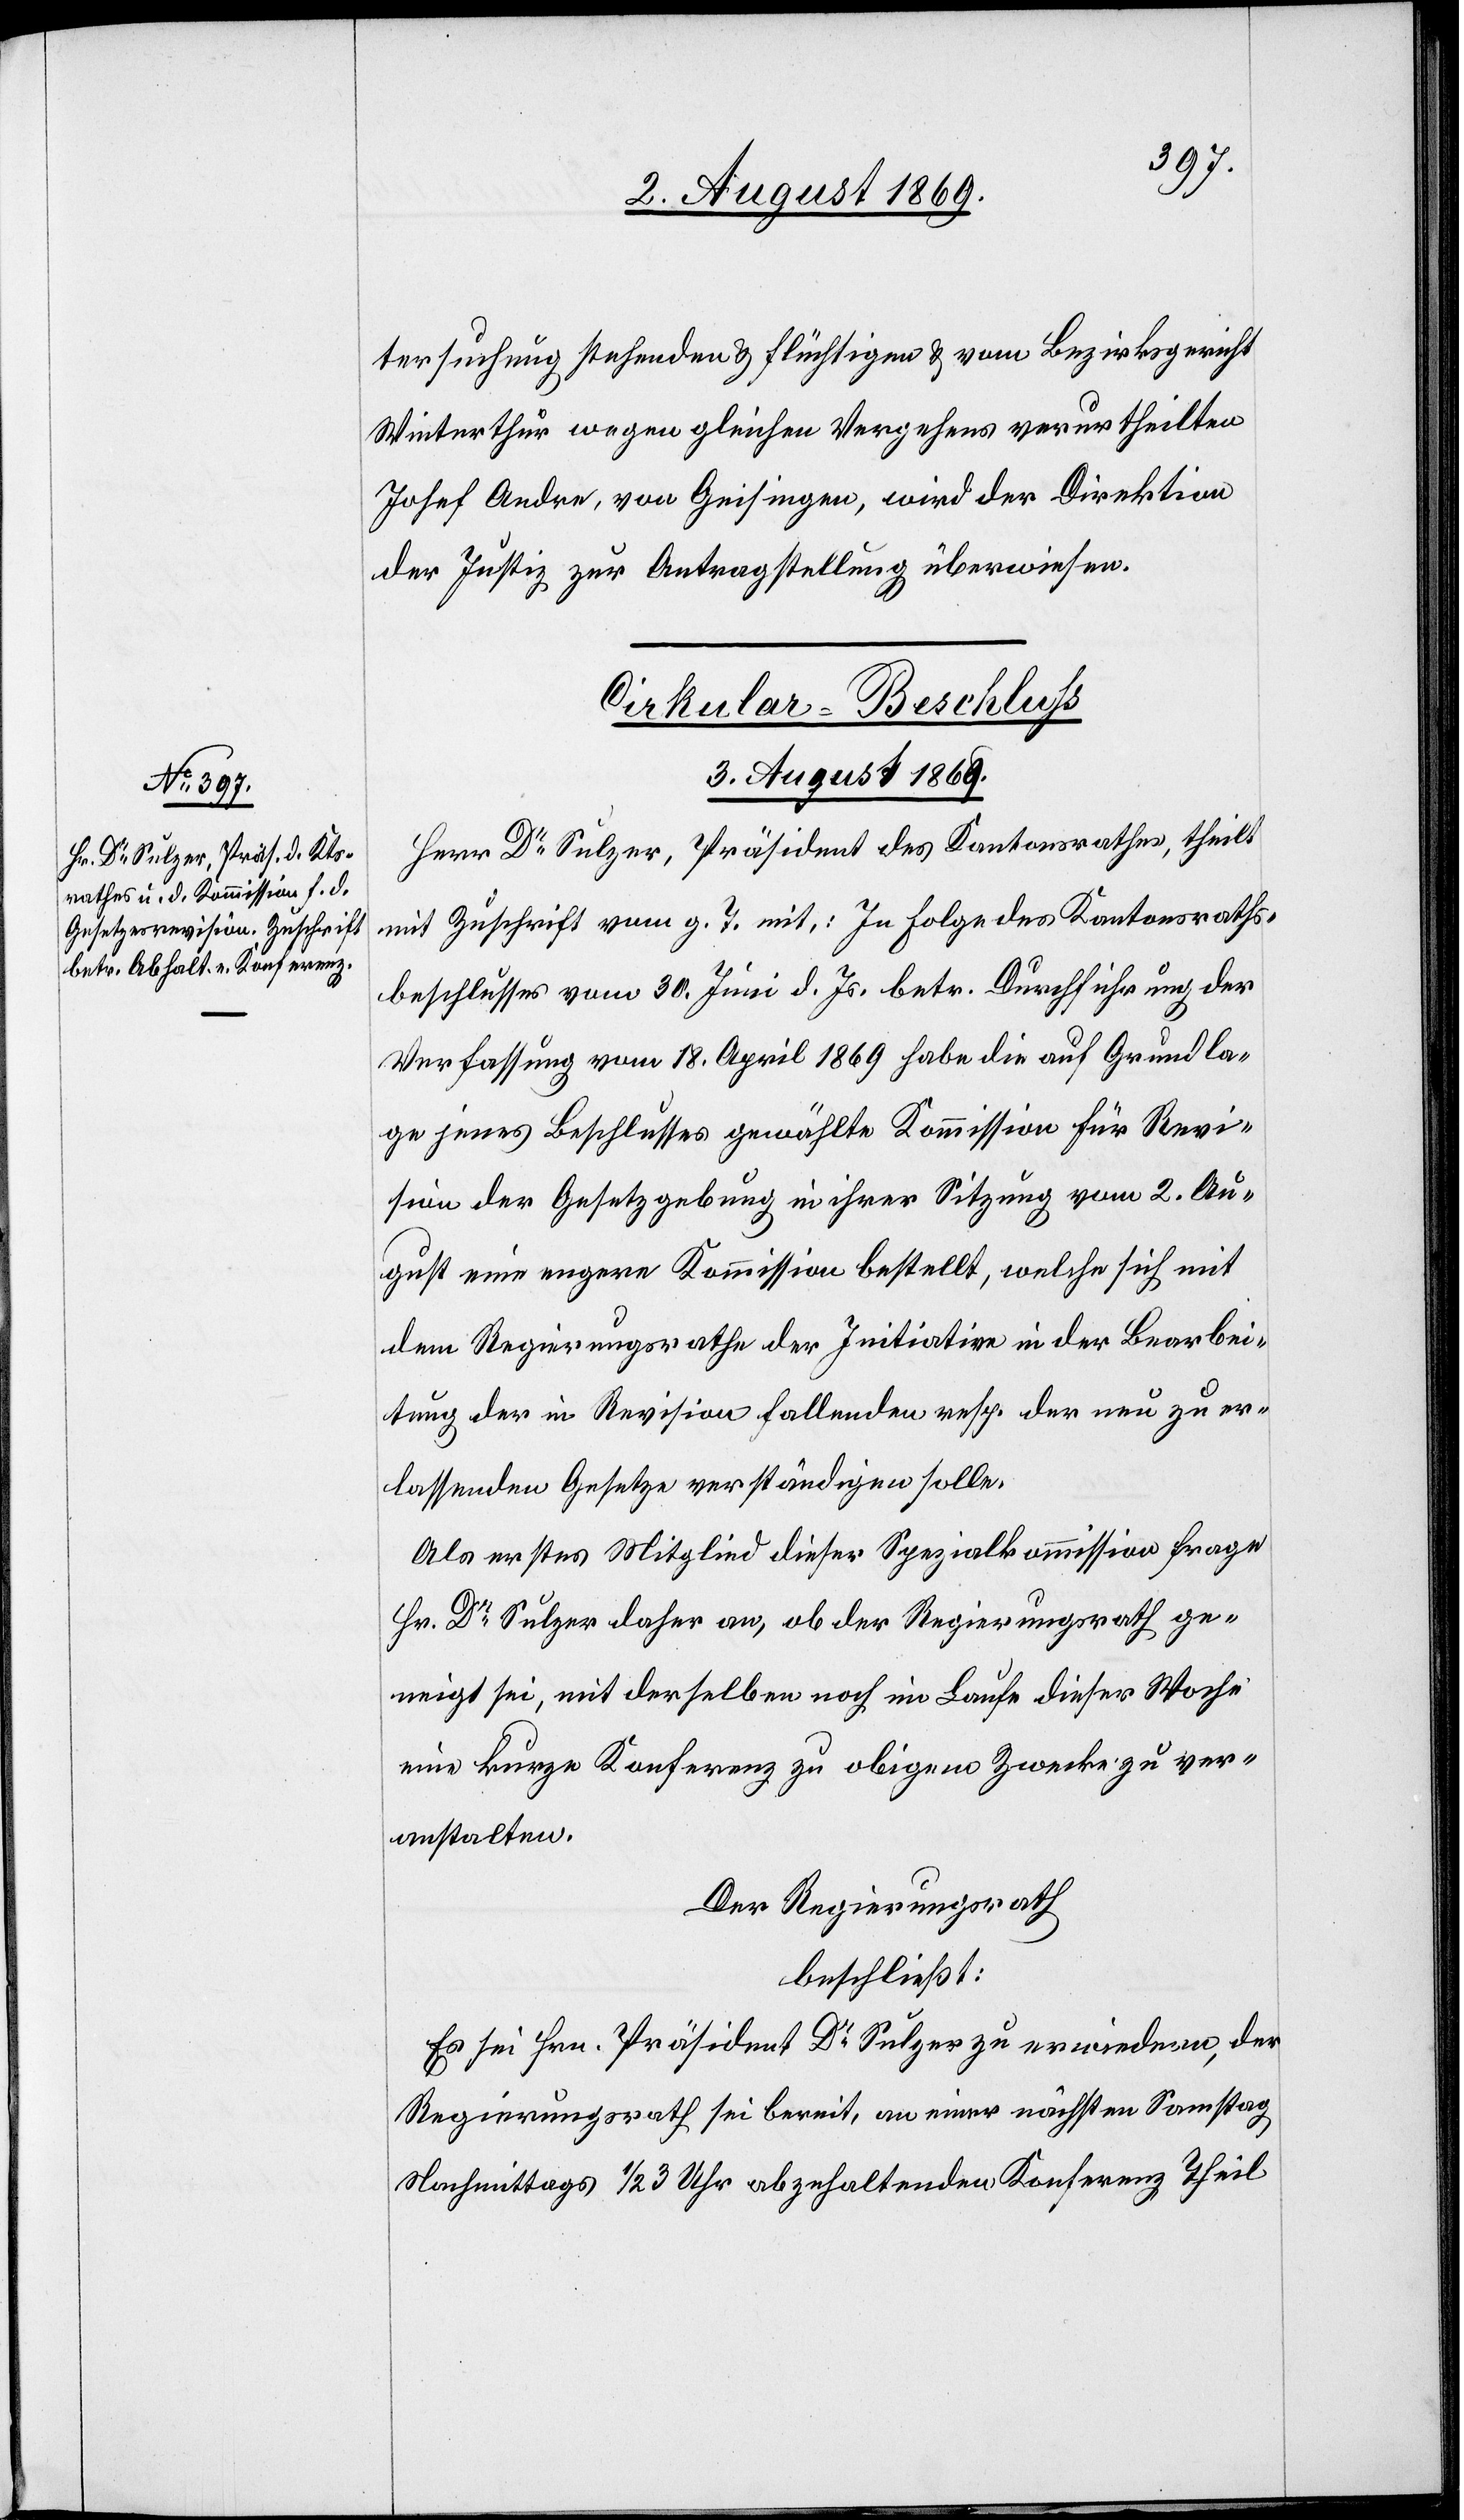
tersuchung stehenden & Flüchtigen & vom Bezirksgericht
Winterthur wegen gleichen Vergehens verurtheilten
Josef Andre, von Geisingen, wird der Direktion
der Justiz zur Antragstellung überwiesen.
Cirkular-Beschluss.
3. August 1869.
Herr Dr Sulzer, Präsident des Kantonsrathes, theilt
mit Zuschrift vom g. T. mit: In Folge des Kantonsraths¬
beschlusses vom 30. Juni d. Js. betr. Durchführung der
Verfassung vom 18 April 1869 habe die auf Grundla¬
ge jenes Beschlusses gewählte Kommission für Revi¬
sion der Gesetzgebung in ihrer Sitzung vom 2. Au¬
gust eine engere Kommission bestellt, welche sich mit
dem Regierungsrathe der Initiative in der Bearbei¬
tung der in Revision fallenden resp. der neu zu er¬
fassenden Gesetze verständigen solle.
Als erstes Mitglied dieser Spezialkommission frage
Hr. Dr Sulzer daher an, ob der Regierungsrath ge¬
neigt sei, mit derselben noch im Laufe dieser Woche
eine kurze Konferenz zu obigem Zwecke zu ver¬
anstalten.
Der Regierungsrath
beschließt:
Es sei Hrn. Präsident Dr Sulzer zu erwiedern, der
Regierungsrath sei bereit, an einer nächsten Samstag
Nachmittags 1/2 3 Uhr abgehaltenen Konferenz Theil